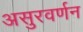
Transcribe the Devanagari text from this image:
असुरवर्णन